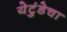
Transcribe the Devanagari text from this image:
येटुंडेचा